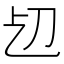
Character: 𠚱